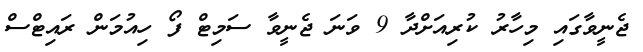
ޖެނީވާގައި މިހާރު ކުރިއަށްދާ 9 ވަނަ ޖެނީވާ ސަމިޓް ފޯ ހިއުމަން ރައިޓްސް